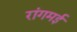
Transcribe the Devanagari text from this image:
रांगमई